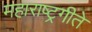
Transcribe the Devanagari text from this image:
महाराष्ट्रगीते